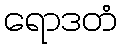
ရောဒတံ